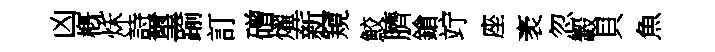
凶槪秌詩璽踰訂磳燿薪窺鮫臍鎗竚座袤忽轂貝魚